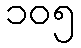
၁၀၅